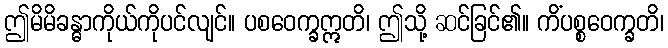
ဤမိမိခန္ဓာကိုယ်ကိုပင်လျင်။ ပစဝေက္ခဣတိ၊ ဤသို့ ဆင်ခြင်၏။ ကိံပစ္စဝေက္ခတိ၊